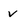
Character: v